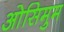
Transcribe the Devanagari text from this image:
ओसिमुम